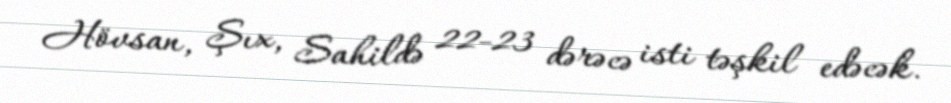
Hövsan, Şıx, Sahildə 22-23 dərəcə isti təşkil edəcək.